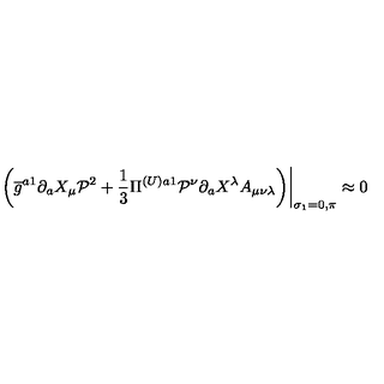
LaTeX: \left. \left( \overline { { g } } ^ { a 1 } \partial _ { a } X _ { \mu } \mathcal { P } ^ { 2 } + \frac { 1 } { 3 } \Pi ^ { ( U ) a 1 } \mathcal { P } ^ { \nu } \partial _ { a } X ^ { \lambda } A _ { \mu \nu \lambda } \right) \right| _ { \sigma _ { 1 } = 0 , \pi } \approx 0